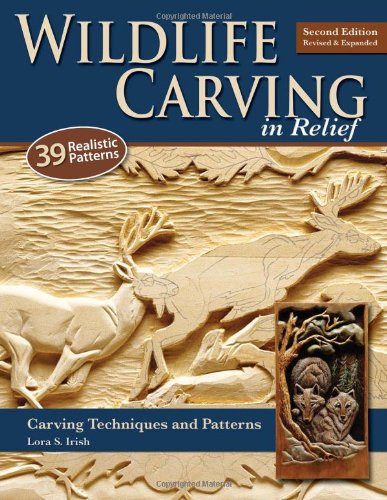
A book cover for Wildlife Carving in Relief, Second Edition Revised and Expanded: Carving Techniques and Patterns; Lora Irish; Crafts, Hobbies & Home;